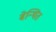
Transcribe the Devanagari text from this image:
बेन्थित